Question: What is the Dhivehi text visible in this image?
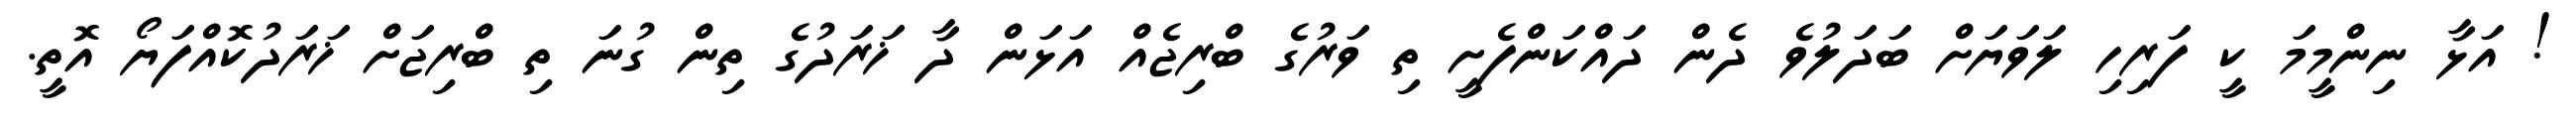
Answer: ! އަޅާ ނިންމީމަ ކީ ފަރިހި ލަވަޔަށް ބަދަލުވެ ދެން ދައްކަންފެށީ ތި ވަރުގެ ބްރިޖެއް އަޅަން ދާ ޚަރަދުގެ ތިން ގުނަ ތި ބްރިޖަށް ޚަރަދުކޮއްފަޔޯ އޮތީ.